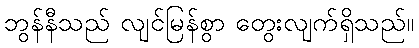
ဘွန်နီသည် လျင်မြန်စွာ တွေးလျက်ရှိသည်။